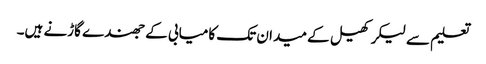
تعلیم سے لیکر کھیل کے میدان تک کامیابی کے جھندے گاڑنے ہیں۔